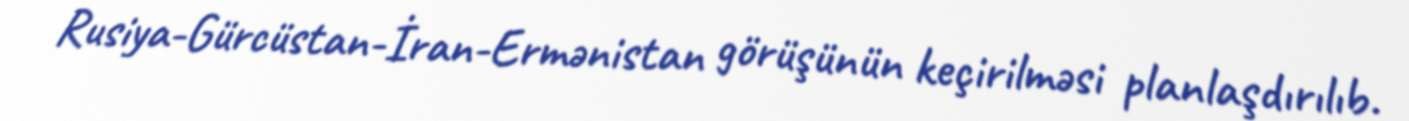
Rusiya-Gürcüstan-İran-Ermənistan görüşünün keçirilməsi planlaşdırılıb.